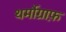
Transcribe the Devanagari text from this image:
थर्मोग्राफ़